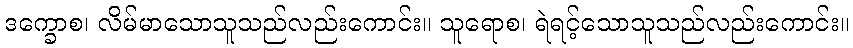
ဒက္ခောစ၊ လိမ်မာသောသူသည်လည်းကောင်း။ သူရောစ၊ ရဲရင့်သောသူသည်လည်းကောင်း။